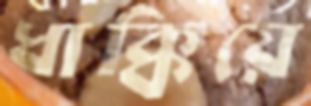
ধাক্কিয়ে